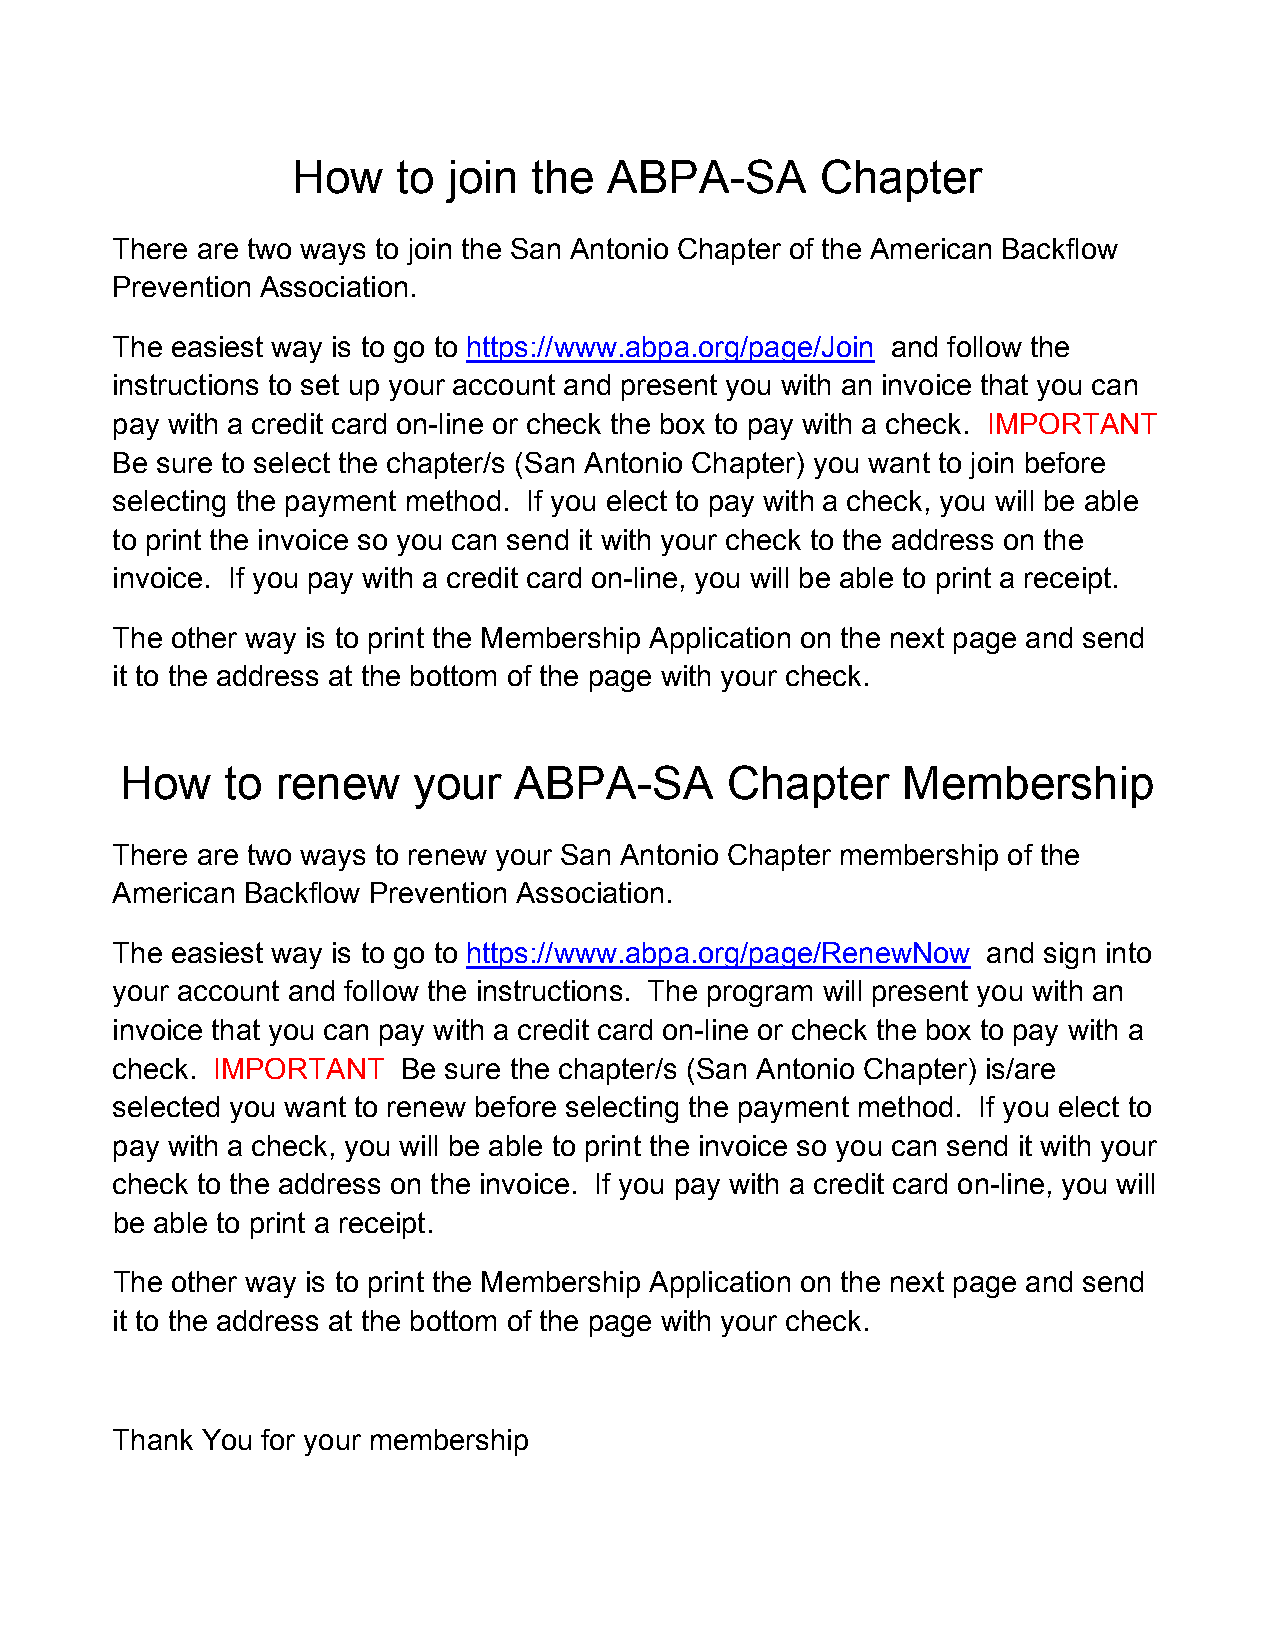
How    to  join the  ABPA-SA       Chapter
 There are two ways to join the San Antonio Chapter of the American Backflow
 Prevention Association.
 The easiest way is to go to https://www.abpa.org/page/Join and follow the
 instructions to set up your account and present you with an invoice that you can
 pay with a credit card on-line or check the box to pay with a check. IMPORTANT
 Be sure to select the chapter/s (San Antonio Chapter) you want to join before
 selecting the payment method. If you elect to pay with a check, you will be able
 to print the invoice so you can send it with your check to the address on the
 invoice. If you pay with a credit card on-line, you will be able to print a receipt.
 The other way is to print the Membership Application on the next page and send
 it to the address at the bottom of the page with your check.
 How    to renew    your   ABPA-SA       Chapter     Membership
 There are two ways to renew your San Antonio Chapter membership of the
 American Backflow Prevention Association.
 The easiest way is to go to https://www.abpa.org/page/RenewNow and sign into
 your account and follow the instructions. The program will present you with an
 invoice that you can pay with a credit card on-line or check the box to pay with a
 check. IMPORTANT    Be sure the chapter/s (San Antonio Chapter) is/are
 selected you want to renew before selecting the payment method. If you elect to
 pay with a check, you will be able to print the invoice so you can send it with your
 check to the address on the invoice. If you pay with a credit card on-line, you will
 be able to print a receipt.
 The other way is to print the Membership Application on the next page and send
 it to the address at the bottom of the page with your check.
 Thank You for your membership